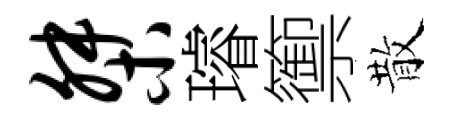
桀璿籞散